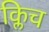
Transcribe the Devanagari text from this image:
क्लिच